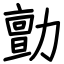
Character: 勯